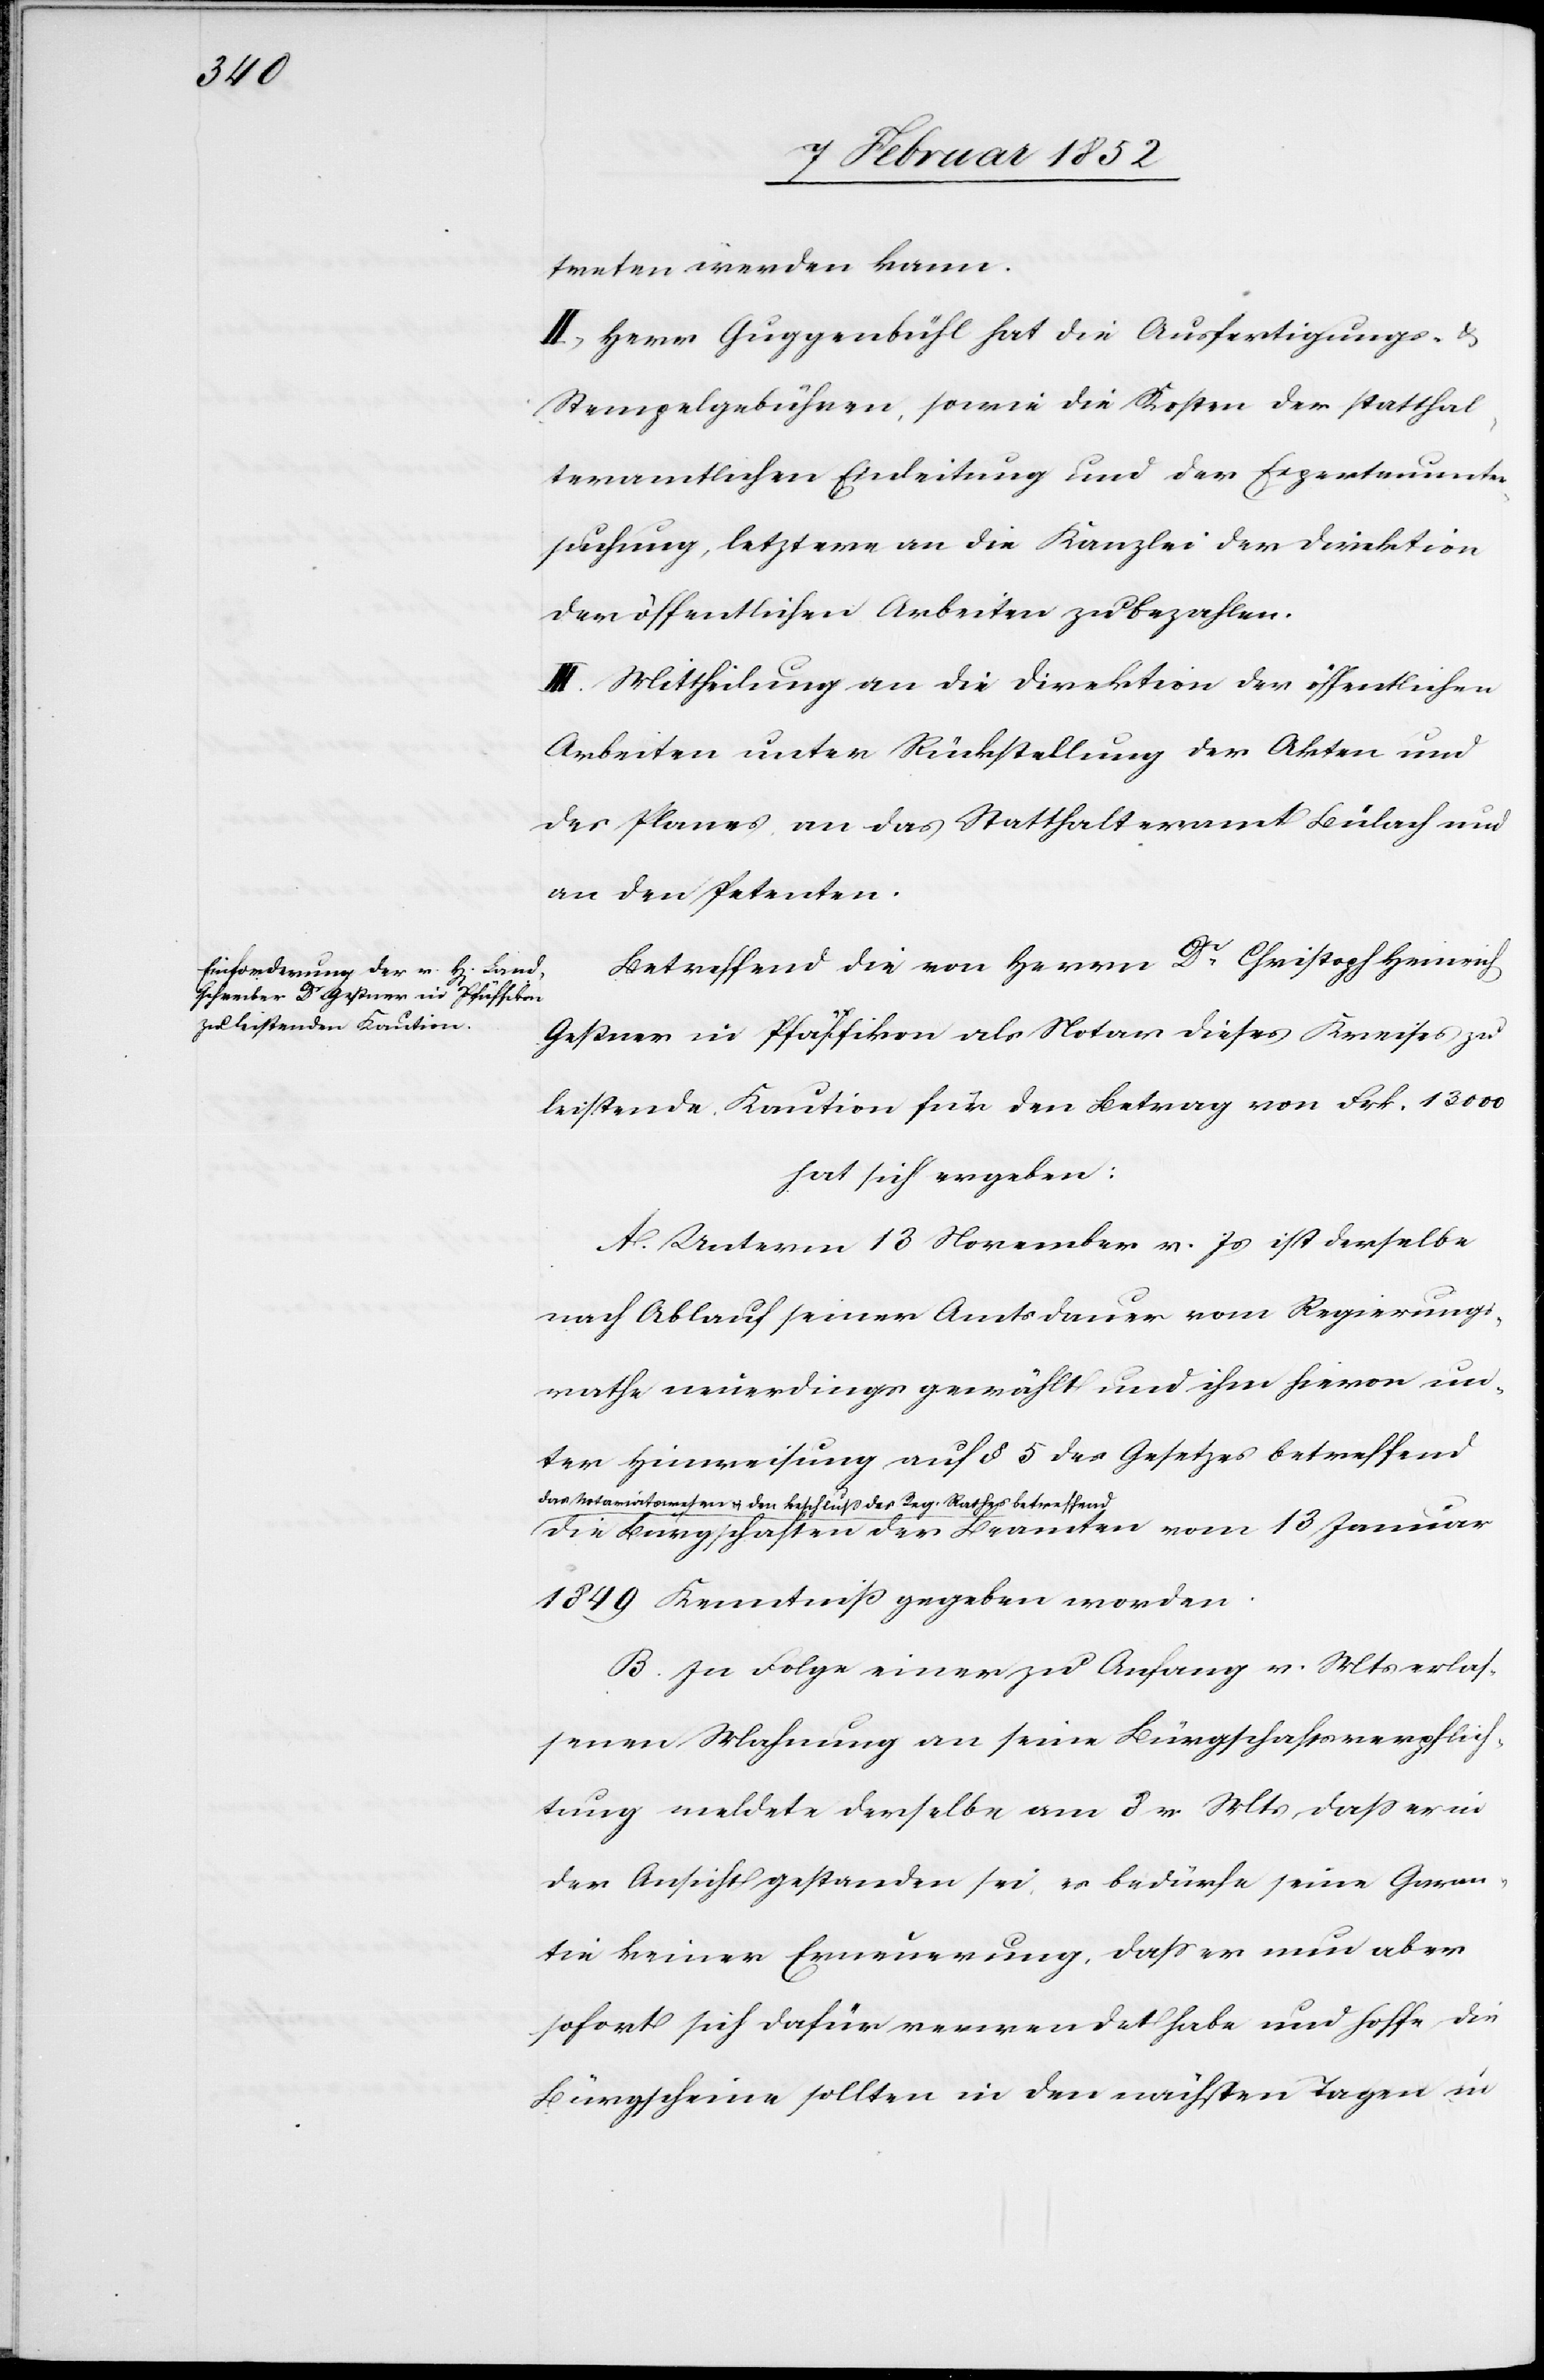
treten werden kann.
II) Herr Guggenbühl hat die Ausfertigungs- u.
Stempelgebühren, sowie die Kosten der statthal¬
teramtlichen Einleitung und der Expertenunter¬
suchung, letztere an die Kanzlei der Direktion
der öffentlichen Arbeiten zu bezahlen.
III. Mittheilung an die Direktion der öffentlichen
Arbeiten unter Rückstellung der Akten und
des Planes an das Statthalteramt Bülach und
an den Petenten.
Betreffend die von Herrn Dr Christoph Heinrich
Geßner in Pfäffikon als Notar dieses Kreises zu
leistende Kaution für den Betrag von Frk. 13 000
hat sich ergeben:
A. Unterm 13 November v. Js ist derselbe
nach Ablauf seiner Amtsdauer vom Regierungs¬
rathe neuerdings gewählt und ihm hievon un¬
ter Hinweisung auf § 5 des Gesetzes betreffend
das Notariatswesens u. den Beschluß des Reg. Rathes betreffend
die Bürgschaften der Beamten vom 13 Januar
1849 Kenntniß gegeben worden.
B. In Folge einer zu Anfang v. Mts erlaß¬
enen Mahnung an seine Bürgschaftsverpflich¬
tung meldete derselbe am 8 v. Mts daß er in
der Ansicht gestanden sei, es bedürfe seine Garan¬
tie keiner Erneuerung, daß er nun aber
sofort sich dafür verwendet habe und hoffe die
Bürgscheine sollten in den nächsten Tagen in